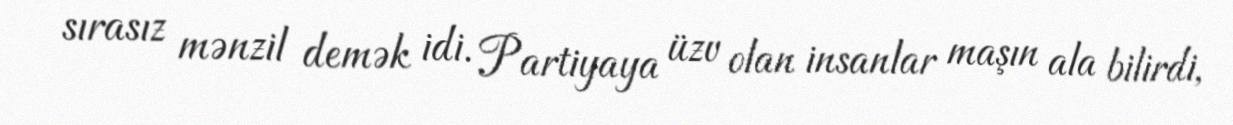
sırasız mənzil demək idi. Partiyaya üzv olan insanlar maşın ala bilirdi,